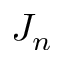
J _ { n }